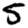
Digit: 5